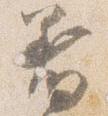
着